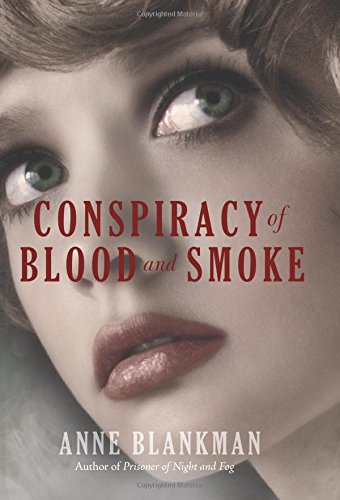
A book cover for Conspiracy of Blood and Smoke; Anne Blankman; Teen & Young Adult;